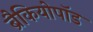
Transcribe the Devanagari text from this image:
ब्रैकियोपॉड